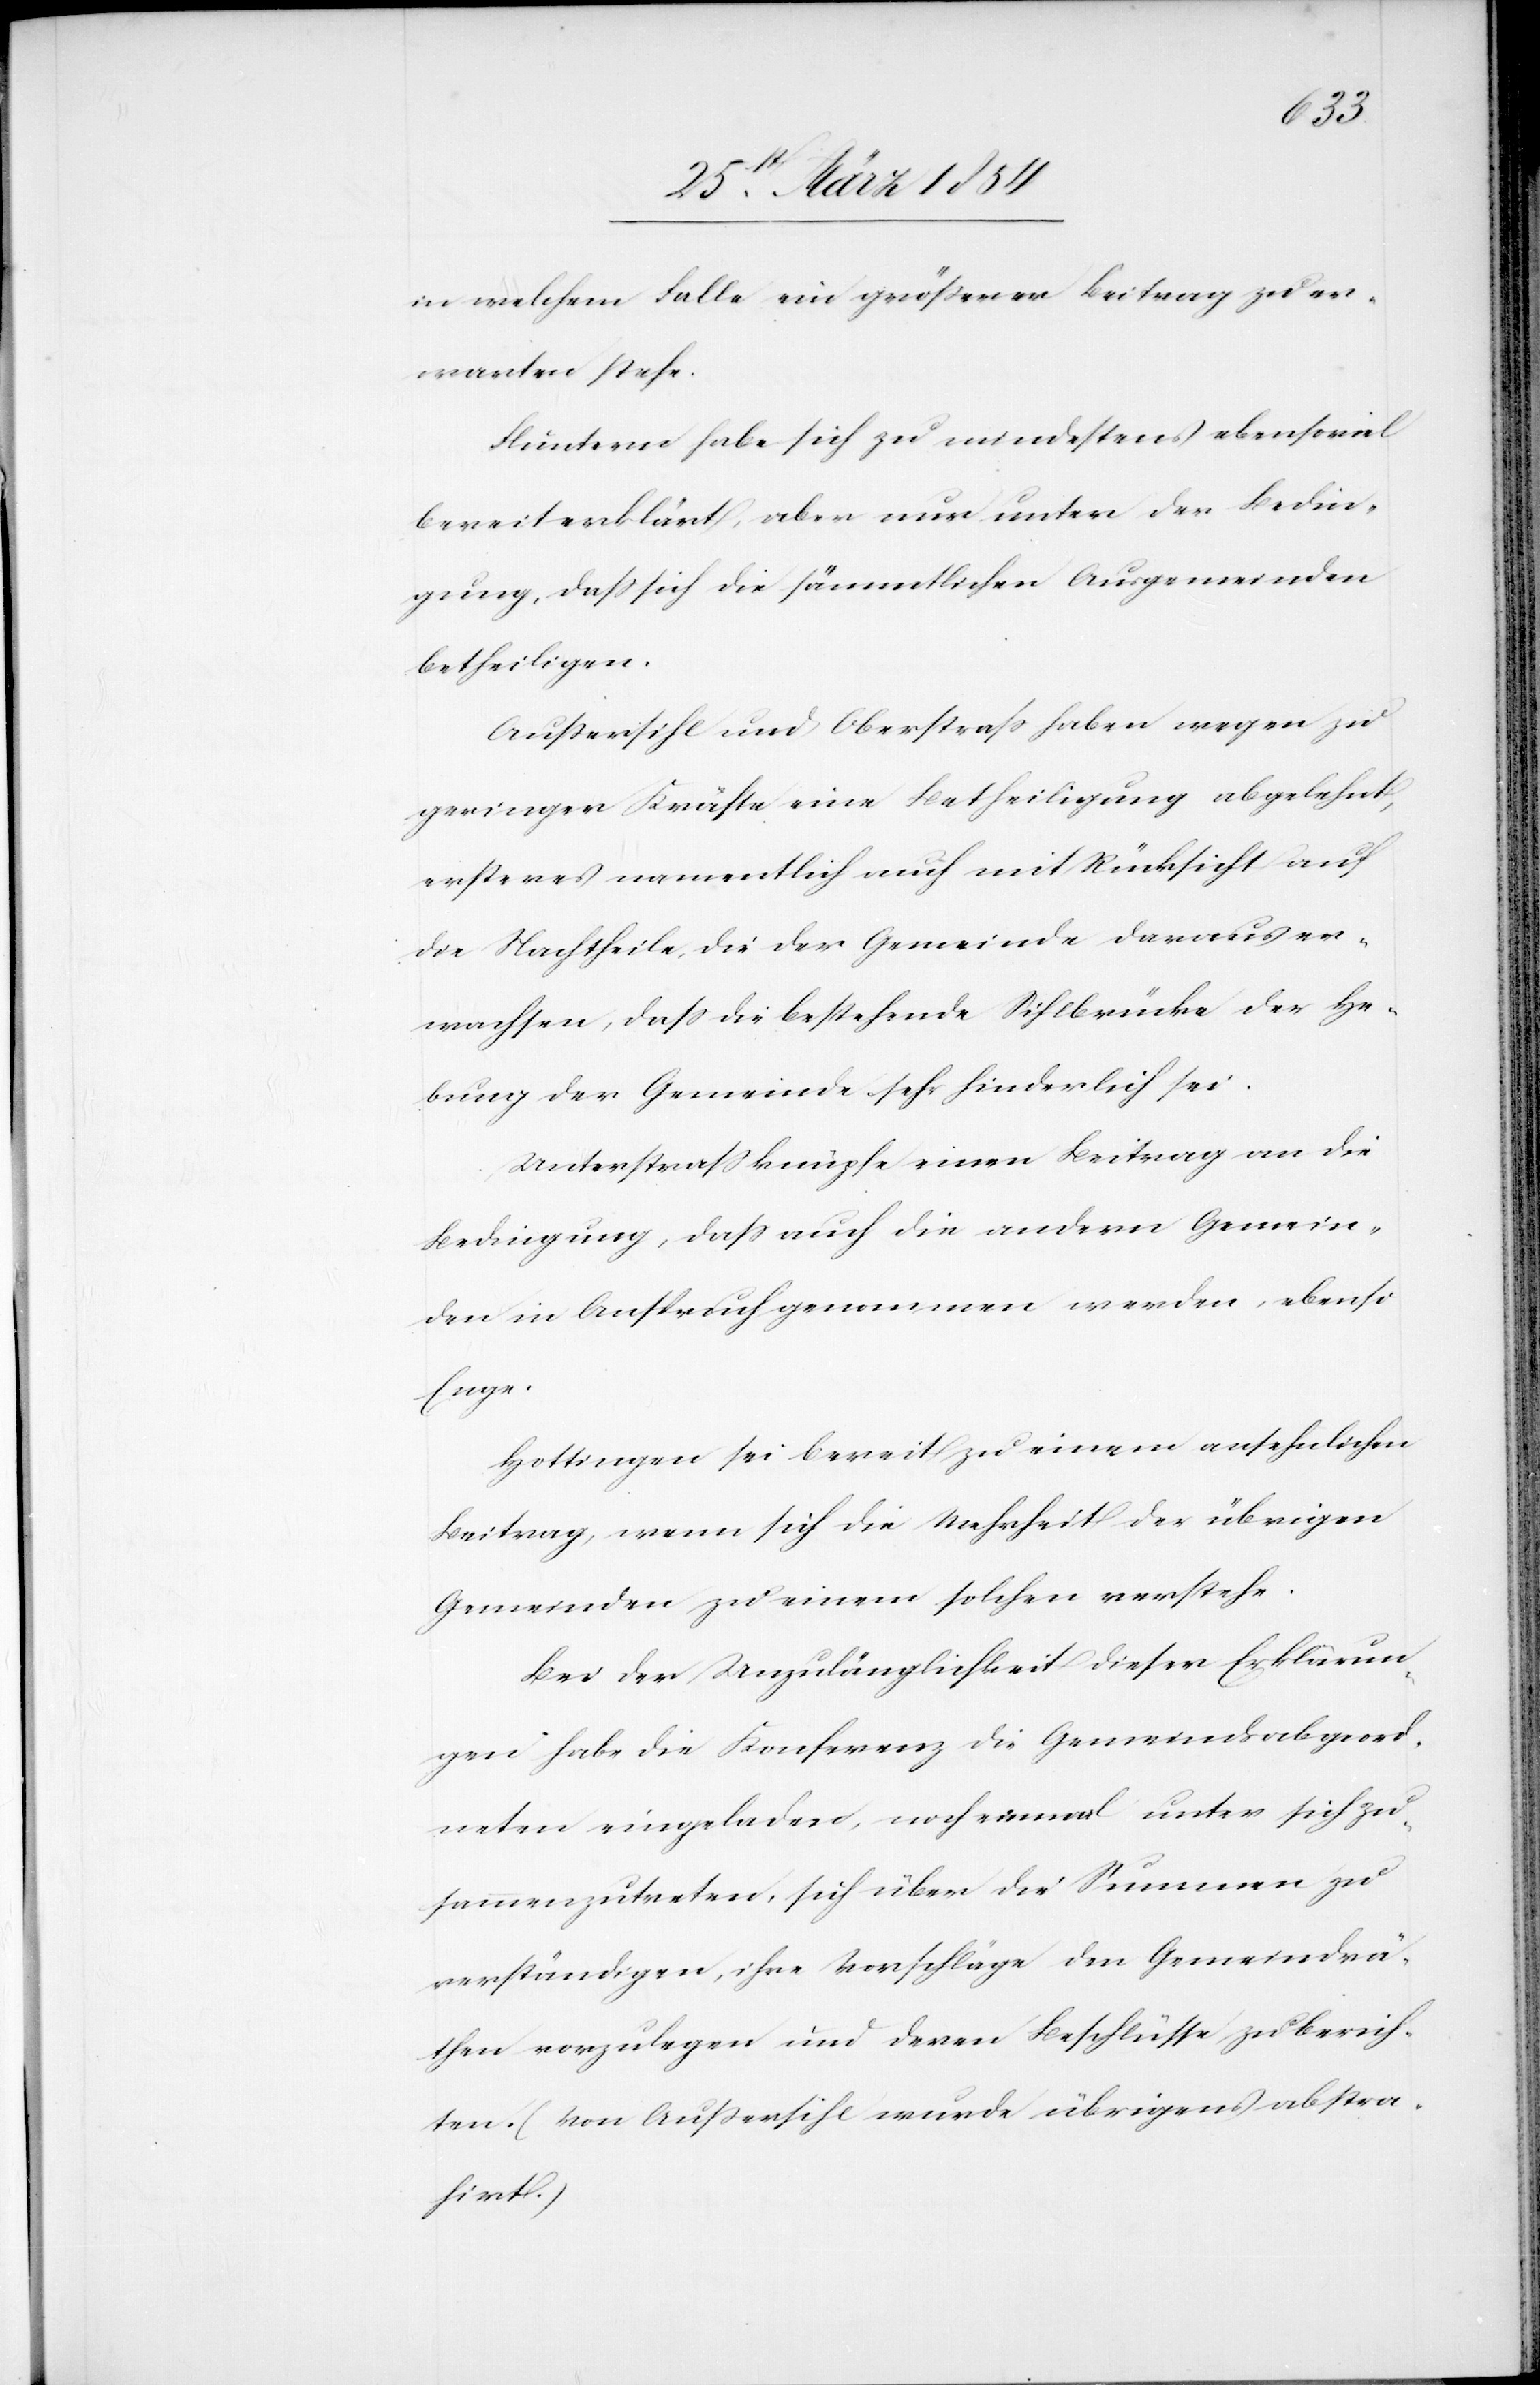
in welchem Falle ein größerer Beitrag zu er¬
warten stehe.
Fluntern habe sich zu mindestens ebensoviel
bereit erklärt, aber nur unter der Bedin¬
gung, daß sich die sämmtlichen Ausgemeinden
betheiligen.
Außersihl und Oberstraß haben wegen zu
geringer Kräfte eine Betheiligung abgelehnt,
ersteres namentlich auch mit Rücksicht auf
die Nachtheile, die der Gemeinde daraus er¬
wachsen, daß die bestehende Sihlbrücke der He¬
bung der Gemeinde sehr hinderlich sei.
Unterstraß knüpfe einen Beitrag an die
Bedingung, daß auch die andern Gemein¬
den in Anspruch genommen werden, ebenso
Enge.
Hottingen sei bereit zu einem ansehnlichen
Beitrag, wenn sich die Mehrheit der übrigen
Gemeinden zu einem solchen verstehe.
Bei der Unzulänglichkeit dieser Erklärun¬
gen habe die Konferenz die Gemeindsabgeord¬
neten eingeladen, noch einmal unter sich zu¬
sammenzutreten, sich über die Summen zu
verständigen, ihre Vorschläge den Gemeindsrä¬
then vorzulegen und deren Beschlüsse zu berich¬
ten. (Von Außersihl wurde übrigens abstra¬
hirt.)